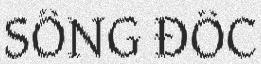
SÔNG ĐỐC